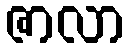
ဇာလာ